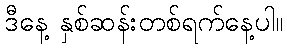
ဒီနေ့ နှစ်ဆန်းတစ်ရက်နေ့ပါ။